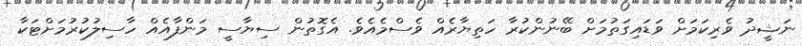
ނަޝީދު ވެރިކަމަށް ވަޑައިގަތުމަށް ބޭނުންކުރާ ހަތިޔާރެއް ވެސްމެއެވެ. އެގޮތުން ސިޔާސީ މަންފާއެއް ހާސިލުކުރުމަށްޓަކާ